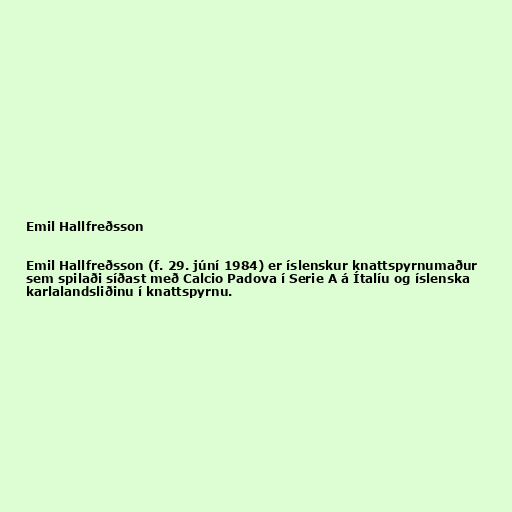
Emil Hallfreðsson

Emil Hallfreðsson (f. 29. júní 1984) er íslenskur knattspyrnumaður
sem spilaði síðast með Calcio Padova í Serie A á Ítalíu og íslenska
karlalandsliðinu í knattspyrnu.